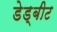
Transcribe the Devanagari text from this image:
डेड्बीट